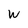
Character: W